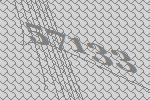
57133